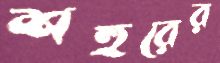
শহুরের